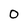
Character: 0